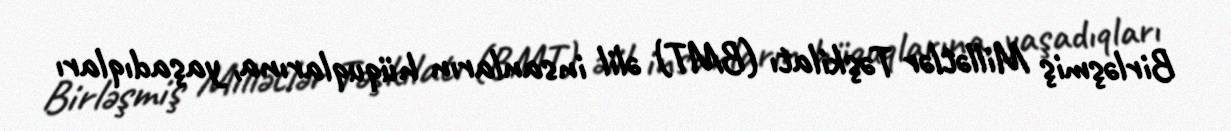
Birləşmiş Millətlər Təşkilatı (BMT) əlil insanların hüquqlarına, yaşadıqları